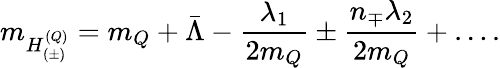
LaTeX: m_{H_{(\pm)}^{(Q)}}=m_{Q}+\bar{\Lambda}-\frac{\lambda_{1}}{2m_{Q}}\pm\frac{n_{\mp}\lambda_{2}}{2m_{Q}}+\ldots.